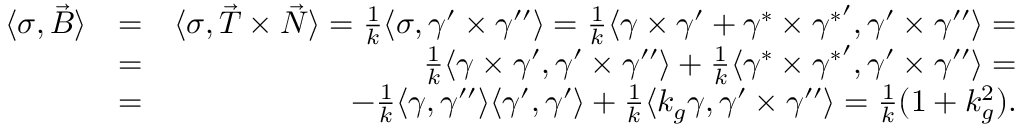
\begin{array} { r l r } { \langle \sigma , \vec { B } \rangle } & { = } & { \langle \sigma , \vec { T } \times \vec { N } \rangle = \frac 1 k \langle \sigma , \gamma ^ { \prime } \times \gamma ^ { \prime \prime } \rangle = \frac 1 k \langle \gamma \times \gamma ^ { \prime } + \gamma ^ { * } \times { \gamma ^ { * } } ^ { \prime } , \gamma ^ { \prime } \times \gamma ^ { \prime \prime } \rangle = } \\ & { = } & { \frac 1 k \langle \gamma \times \gamma ^ { \prime } , \gamma ^ { \prime } \times \gamma ^ { \prime \prime } \rangle + \frac 1 k \langle \gamma ^ { * } \times { \gamma ^ { * } } ^ { \prime } , \gamma ^ { \prime } \times \gamma ^ { \prime \prime } \rangle = } \\ & { = } & { - \frac 1 k \langle \gamma , \gamma ^ { \prime \prime } \rangle \langle \gamma ^ { \prime } , \gamma ^ { \prime } \rangle + \frac 1 k \langle k _ { g } \gamma , \gamma ^ { \prime } \times \gamma ^ { \prime \prime } \rangle = \frac 1 k ( 1 + k _ { g } ^ { 2 } ) . } \end{array}